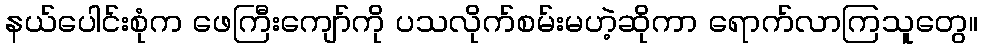
နယ်ပေါင်းစုံက ဖေကြီးကျော်ကို ပသလိုက်စမ်းမဟဲ့ဆိုကာ ရောက်လာကြသူတွေ။